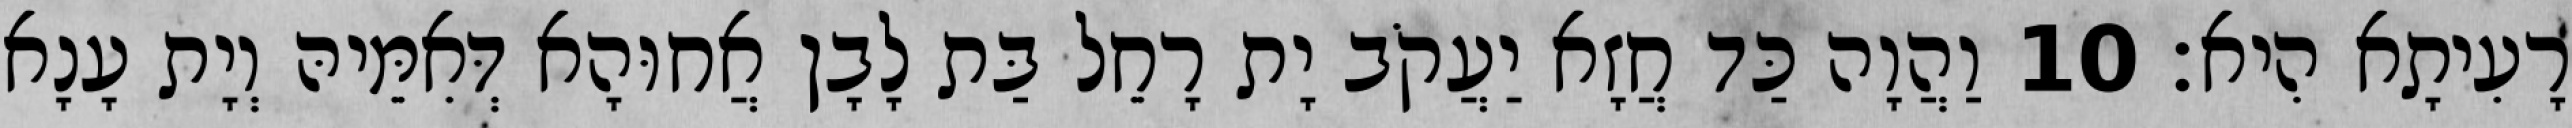
רָעִיתָא הִיא׃ 10 וַהֲוָה כַּד חֲזָא יַעֲקֹב יָת רָחֵל בַּת לָבָן אֲחוּהָא דְּאִמֵּיהּ וְיָת עָנָא